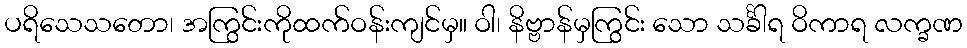
ပရိသေသတော၊ အကြွင်းကိုထက်ဝန်းကျင်မှ။ ဝါ၊ နိဗ္ဗာန်မှကြွင်း သော သင်္ခါရ ဝိကာရ လက္ခဏ